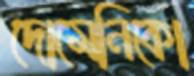
দোমেনিকো